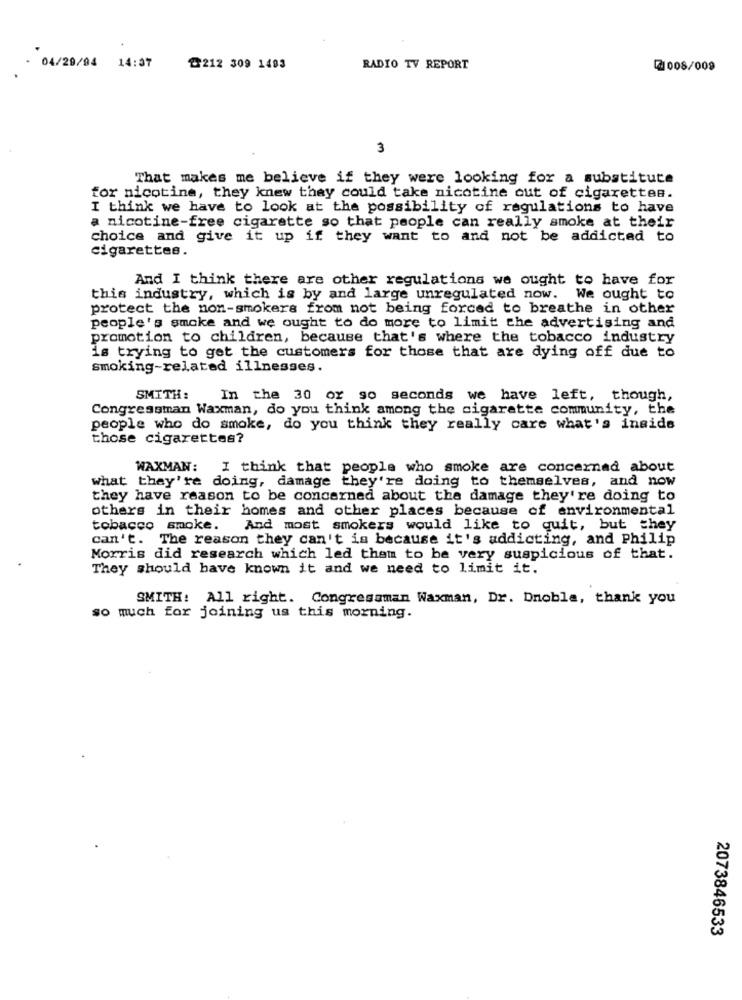
04/29/94 14:37
@212 309 1493
RADIO TV REPORT
2008/009
3
That makes me believe if they were looking for a substitute
for nicotine, they knew they could take nicotine out of cigarettes.
I think we have to look at the possibility of regulations to have
a nicotine-free cigarette so that people can really smoke at their
choice and give it up if they want to and not be addicted to
cigarettes.
And I think there are other regulations we ought to have for
this industry, which is by and large unregulated now. We ought to
protect the non-smokers from not being forced to breathe in other
people's smoke and we ought to do more to limit the advertising and
promotion to children, because that's where the tobacco industry
is trying to get the customers for those that are dying off due to
smoking-related illnesses.
SMITH:
In the 30 or so seconds we have left, though,
Congressman Waxman, do you think among the cigarette community, the
people who do smoke, do you think they really care what's inside
those cigarettes?
WAXMAN:
I think that people who smoke are concerned about
what they're doing, damage they're doing to themselves, and now
they have reason to be concerned about the damage they're doing to
others in their homes and other places because of environmental
tobacco smoke.
And most smokers would like to quit, but they
can't. The reason they can't is because it's addicting, and Philip
Morris did research which led them to be very suspicious of that.
They should have known it and we need to limit it.
SMITH: All right. Congressman Waxman, Dr. Dnoble, thank you
so much for joining us this morning.
2073846533